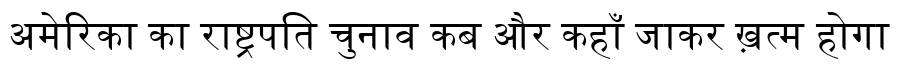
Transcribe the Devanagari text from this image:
अमेरिका का राष्ट्रपति चुनाव कब और कहाँ जाकर ख़त्म होगा